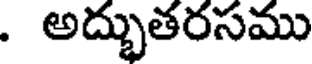
. అద్భుతరసము